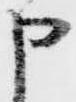
申